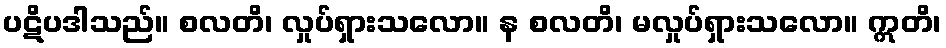
ပဋိပဒါသည်။ စလတိ၊ လှုပ်ရှားသလော။ န စလတိ၊ မလှုပ်ရှားသလော။ ဣတိ၊